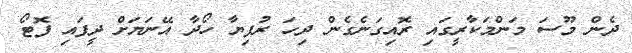
ދެން މޫސަ މަންމަކާރީގައި ރޮއިގަނެގެން ދިހަ ރުފިޔާ ހޯދާ އޭނަޔަށް ދީފައި ފޮޓޯ